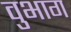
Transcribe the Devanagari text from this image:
वुभाग